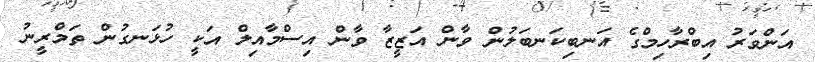
އަންވަރު އިބްރާހިމްގެ އަނބިކަނބަލުން ވާން އަޒީޒާ ވާން އިސްމާއިލް އަކީ ހުޅަނގުން ތަމްރީނު